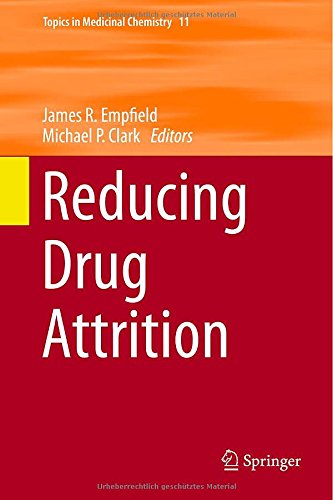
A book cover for Reducing Drug Attrition (Topics in Medicinal Chemistry); Science & Math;